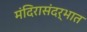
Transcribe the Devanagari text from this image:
मंदिरासंदर्भात